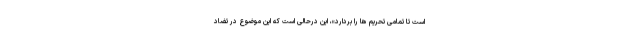
است تا تمامی تحریم ها را بردارد»، این درحالی است که این موضوع در تضاد